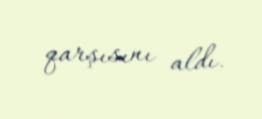
qarşısını aldı.